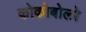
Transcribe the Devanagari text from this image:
कोकोबोलो